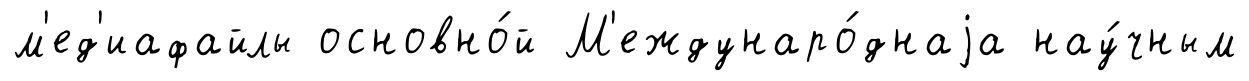
м'ед'иафайлы основно́й М'еждунаро́днаjа нау́чным